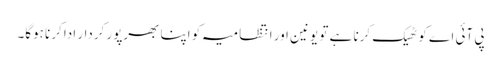
پی آئی اے کو ٹھیک کرنا ہے تو یونین اور انتظامیہ کو اپنا بھرپور کردار ادا کرنا ہوگا۔